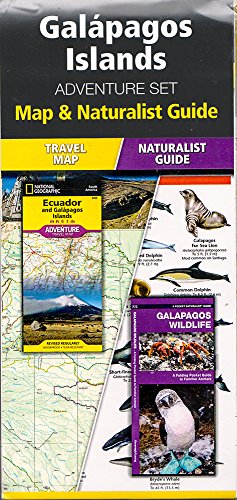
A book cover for Galapagos Islands Adventure Set; Travel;